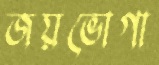
জয়ভোগা